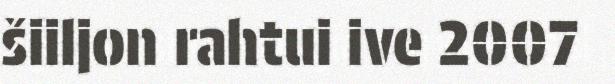
šiiljon rahtui ive 2007